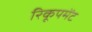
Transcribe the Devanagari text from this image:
रिकूपमेंट